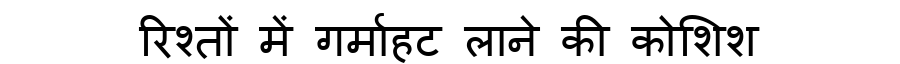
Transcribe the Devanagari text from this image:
रिश्तों में गर्माहट लाने की कोशिश